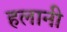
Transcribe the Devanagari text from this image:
हलानी